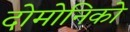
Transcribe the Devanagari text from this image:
दोमोनिको